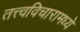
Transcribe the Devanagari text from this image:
तत्त्वविचारामध्ये